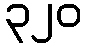
၃၂၀